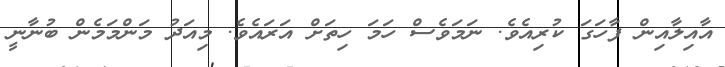
އާއިލާއިން ފާހަގަ ކުރިއެވެ. ނަމަވެސް ހަމަ ހިތަށް އަރައެވެ. މިއަދު މަންމަމެން ބުނާނީ